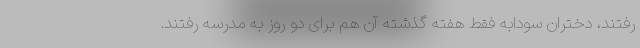
رفتند، دختران سودابه فقط هفته گذشته آن هم برای دو روز به مدرسه رفتند.